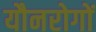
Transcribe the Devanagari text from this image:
यौनरोगों